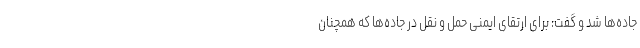
جاده‌ها شد و گفت: برای ارتقای ایمنی حمل و نقل در جاده‌ها که همچنان